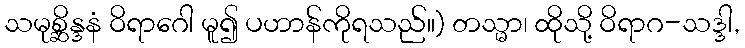
သမုစ္ဆိန္ဒနံ ဝိရာဂေါ မူ၍ ပဟာန်ကိုရသည်။) တသ္မာ၊ ထိုသို့ ဝိရာဂ-သဒ္ဒါ,